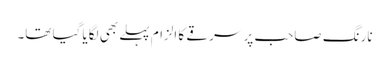
نارنگ صاحب پر سرقے کا الزام پہلے بھی لگایا گیا تھا۔